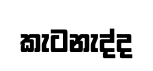
කැටනැද්ද